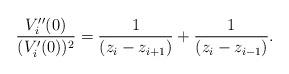
LaTeX: \begin{align*}\frac{V_{i}^{\prime \prime }(0)}{(V_{i}^{\prime }(0))^{2}}=\frac{1}{\left(z_{i}-z_{i+1}\right) }+\frac{1}{\left( z_{i}-z_{i-1}\right) } . \end{align*}